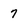
Character: 7